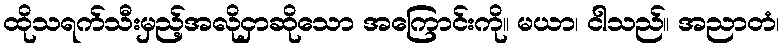
ထိုသရက်သီးမှည့်အလိုငှာဆိုသော အကြောင်းကို။ မယာ၊ ငါသည်။ အညာတံ၊